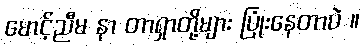
မောင့်ညီမ နာ တာရှာတို့များ ပြုံးနေတာပဲ ။